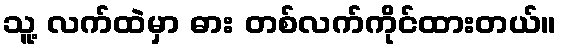
သူ့ လက်ထဲမှာ ဓား တစ်လက်ကိုင်ထားတယ်။